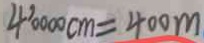
4 0 0 0 0 c m = 4 0 0 m